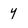
Character: y